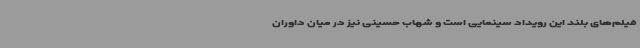
فیلم‌های بلند این رویداد سینمایی است و شهاب حسینی نیز در میان داوران